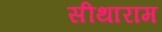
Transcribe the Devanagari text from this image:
सीथाराम